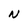
Character: N